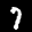
Label: 7